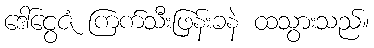
ဒေါ်ငွေဇံ ကြက်သီးဖြန်းခနဲ ထသွားသည်။